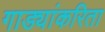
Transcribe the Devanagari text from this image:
गाड्यांकरिता